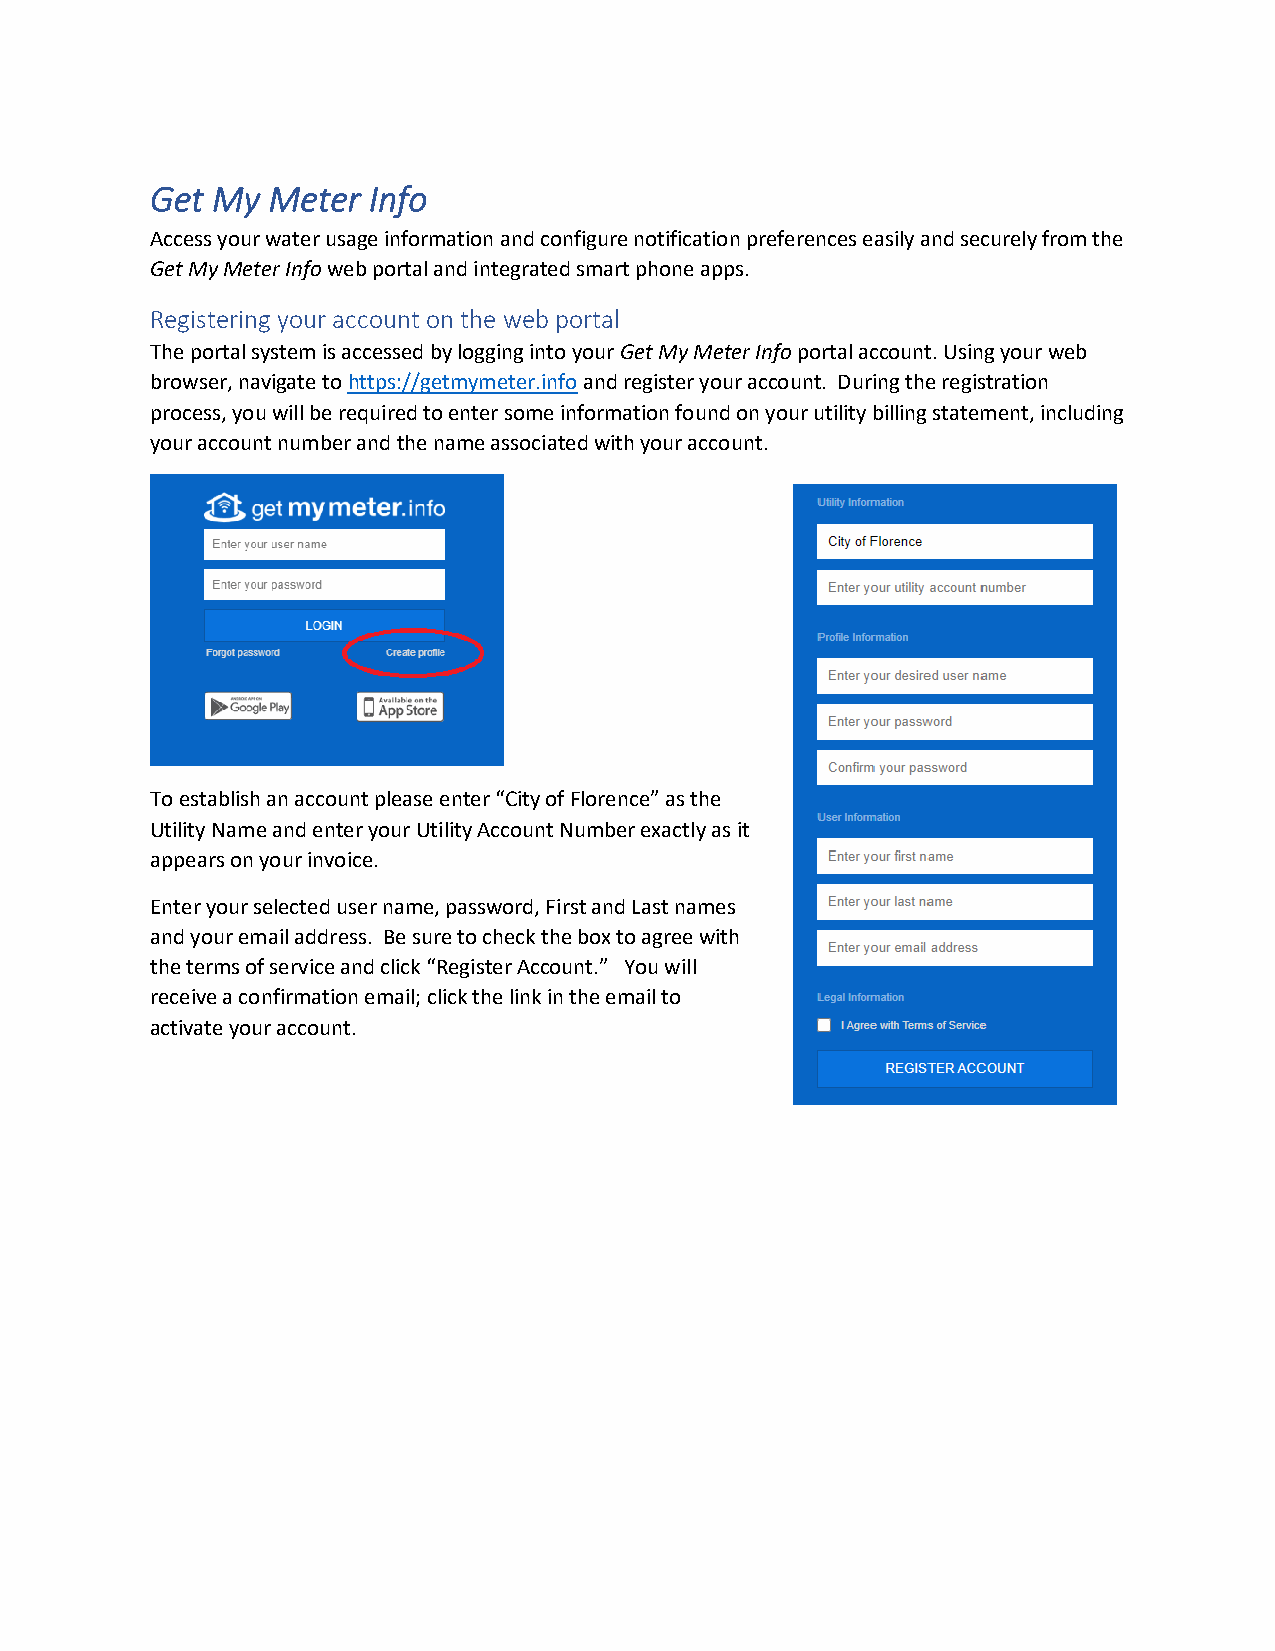
Get My  Meter Info
 Access your water usage information and configure notification preferences easily and securely from the
 Get My Meter Info web portal and integrated smart phone apps.
 Registering your account on the web portal
 The portal system is accessed by logging into your Get My Meter Info portal account. Using your web
 browser, navigate to https://getmymeter.info and register your account. During the registration
 process, you will be required to enter some information found on your utility billing statement, including
 your account number and the name associated with your account.
 To establish an account please enter “City of Florence” as the
 Utility Name and enter your Utility Account Number exactly as it
 appears on your invoice.
 Enter your selected user name, password, First and Last names
 and your email address. Be sure to check the box to agree with
 the terms of service and click “Register Account.” You will
 receive a confirmation email; click the link in the email to
 activate your account.